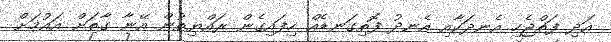
އަދި ފަތްޖެހި އެނދަކާއި އެނދު ފޮތިގަނޑެއް ހިފައިގެން ރައްޔިތުން އޭނާ ގާތަށް އައުމަށް